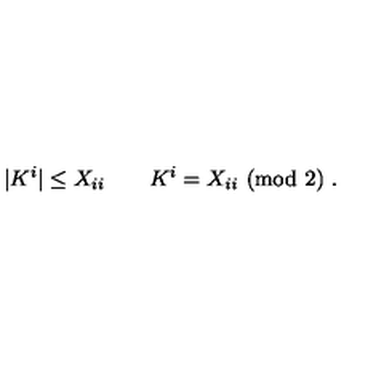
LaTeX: | K ^ { i } | \leq X _ { i i } \qquad K ^ { i } = X _ { i i } \ ( \mathrm { m o d } \ 2 ) \ .